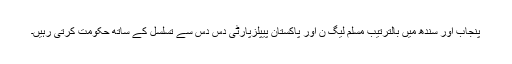
پنجاب اور سندھ میں بالترتیب مسلم لیگ ن اور پاکستان پیپلزپارٹی دس دس سے تسلسل کے ساتھ حکومت کرتی رہیں۔